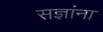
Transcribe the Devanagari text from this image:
सज्ञांना